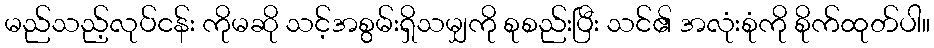
မည်သည့်လုပ်ငန်း ကိုမဆို သင့်အစွမ်းရှိသမျှကို စုစည်းပြီး သင်၏ အလုံးစုံကို စိုက်ထုတ်ပါ။